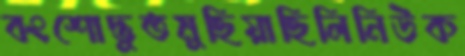
বংশোদ্ভুতমুছিয়াছিলিনিউক